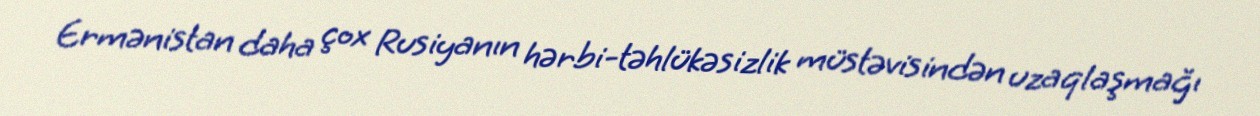
Ermənistan daha çox Rusiyanın hərbi-təhlükəsizlik müstəvisindən uzaqlaşmağı